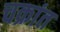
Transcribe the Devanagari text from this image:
चक्रांत